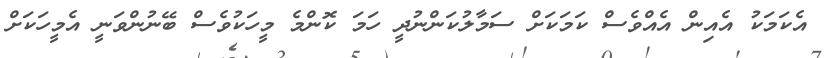
އެކަމަކު އެއިން އެއްވެސް ކަމަކަށް ސަމާލުކަންނުދީ ހަމަ ކޮންމެ މީހަކުވެސް ބޭނުންވަނީ އެމީހަކަށް